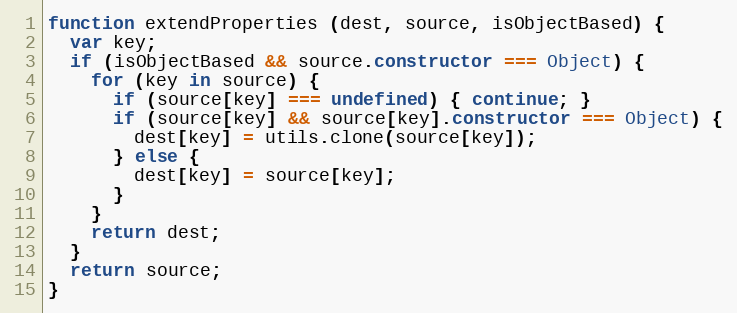
Language: JavaScript
function extendProperties (dest, source, isObjectBased) {
  var key;
  if (isObjectBased && source.constructor === Object) {
    for (key in source) {
      if (source[key] === undefined) { continue; }
      if (source[key] && source[key].constructor === Object) {
        dest[key] = utils.clone(source[key]);
      } else {
        dest[key] = source[key];
      }
    }
    return dest;
  }
  return source;
}